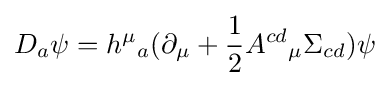
D_{a}\psi =h^{\mu }{}_{a}(\partial _{\mu }+{\frac {1}{2}}A^{cd}{}_{\mu }\Sigma _{cd})\psi